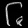
Digit: ၆